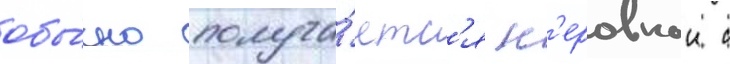
обы́чно получа́етс'я н'еровнои с